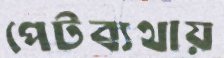
পেটব্যথায়